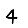
Digit: 4